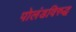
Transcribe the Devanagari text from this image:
पोलंडविरुद्ध